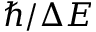
\hbar / \Delta E